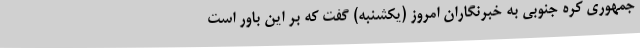
جمهوری کره جنوبی به خبرنگاران امروز (یکشنبه) گفت که بر این باور است